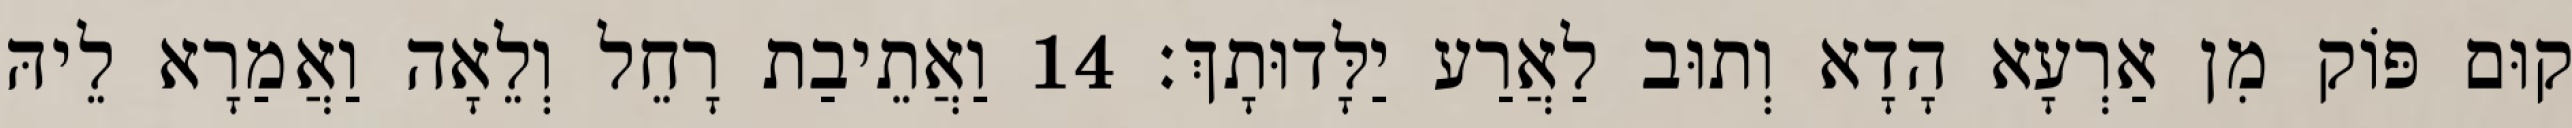
קוּם פּוֹק מִן אַרְעָא הָדָא וְתוּב לַאֲרַע יַלָּדוּתָךְ׃ 14 וַאֲתֵיבַת רָחֵל וְלֵאָה וַאֲמַרָא לֵיהּ